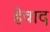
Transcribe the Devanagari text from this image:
हेवाद